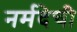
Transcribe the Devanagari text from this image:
नर्मदेची